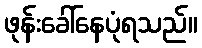
ဖုန်းခေါ်နေပုံရသည်။